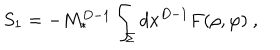
LaTeX: S _ { 1 } = - M _ { * } ^ { D - 1 } \int _ { \Sigma } d x ^ { D - 1 } F ( \rho , \varphi ) ~ ,